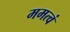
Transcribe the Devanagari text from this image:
ममत्वं